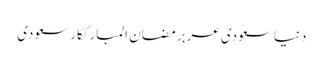
دنیاسعودی عربرمضان المبارککارسعودی